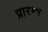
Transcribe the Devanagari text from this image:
प्रारम्भ